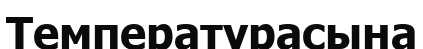
Температурасына